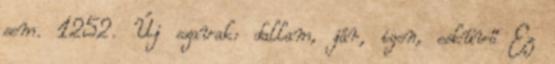
sem. 1252. Új szavak: dallam, jár, igen, esküvő Ez